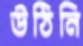
উঠিনি